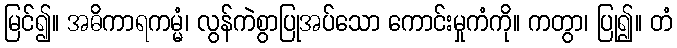
မြင်၍။ အဓိကာရကမ္မံ၊ လွန်ကဲစွာပြုအပ်သော ကောင်းမှုကံကို။ ကတွာ၊ ပြု၍။ တံ